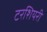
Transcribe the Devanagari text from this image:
टरशियरी